Jarvakandi_vallavalitsus, lk 45
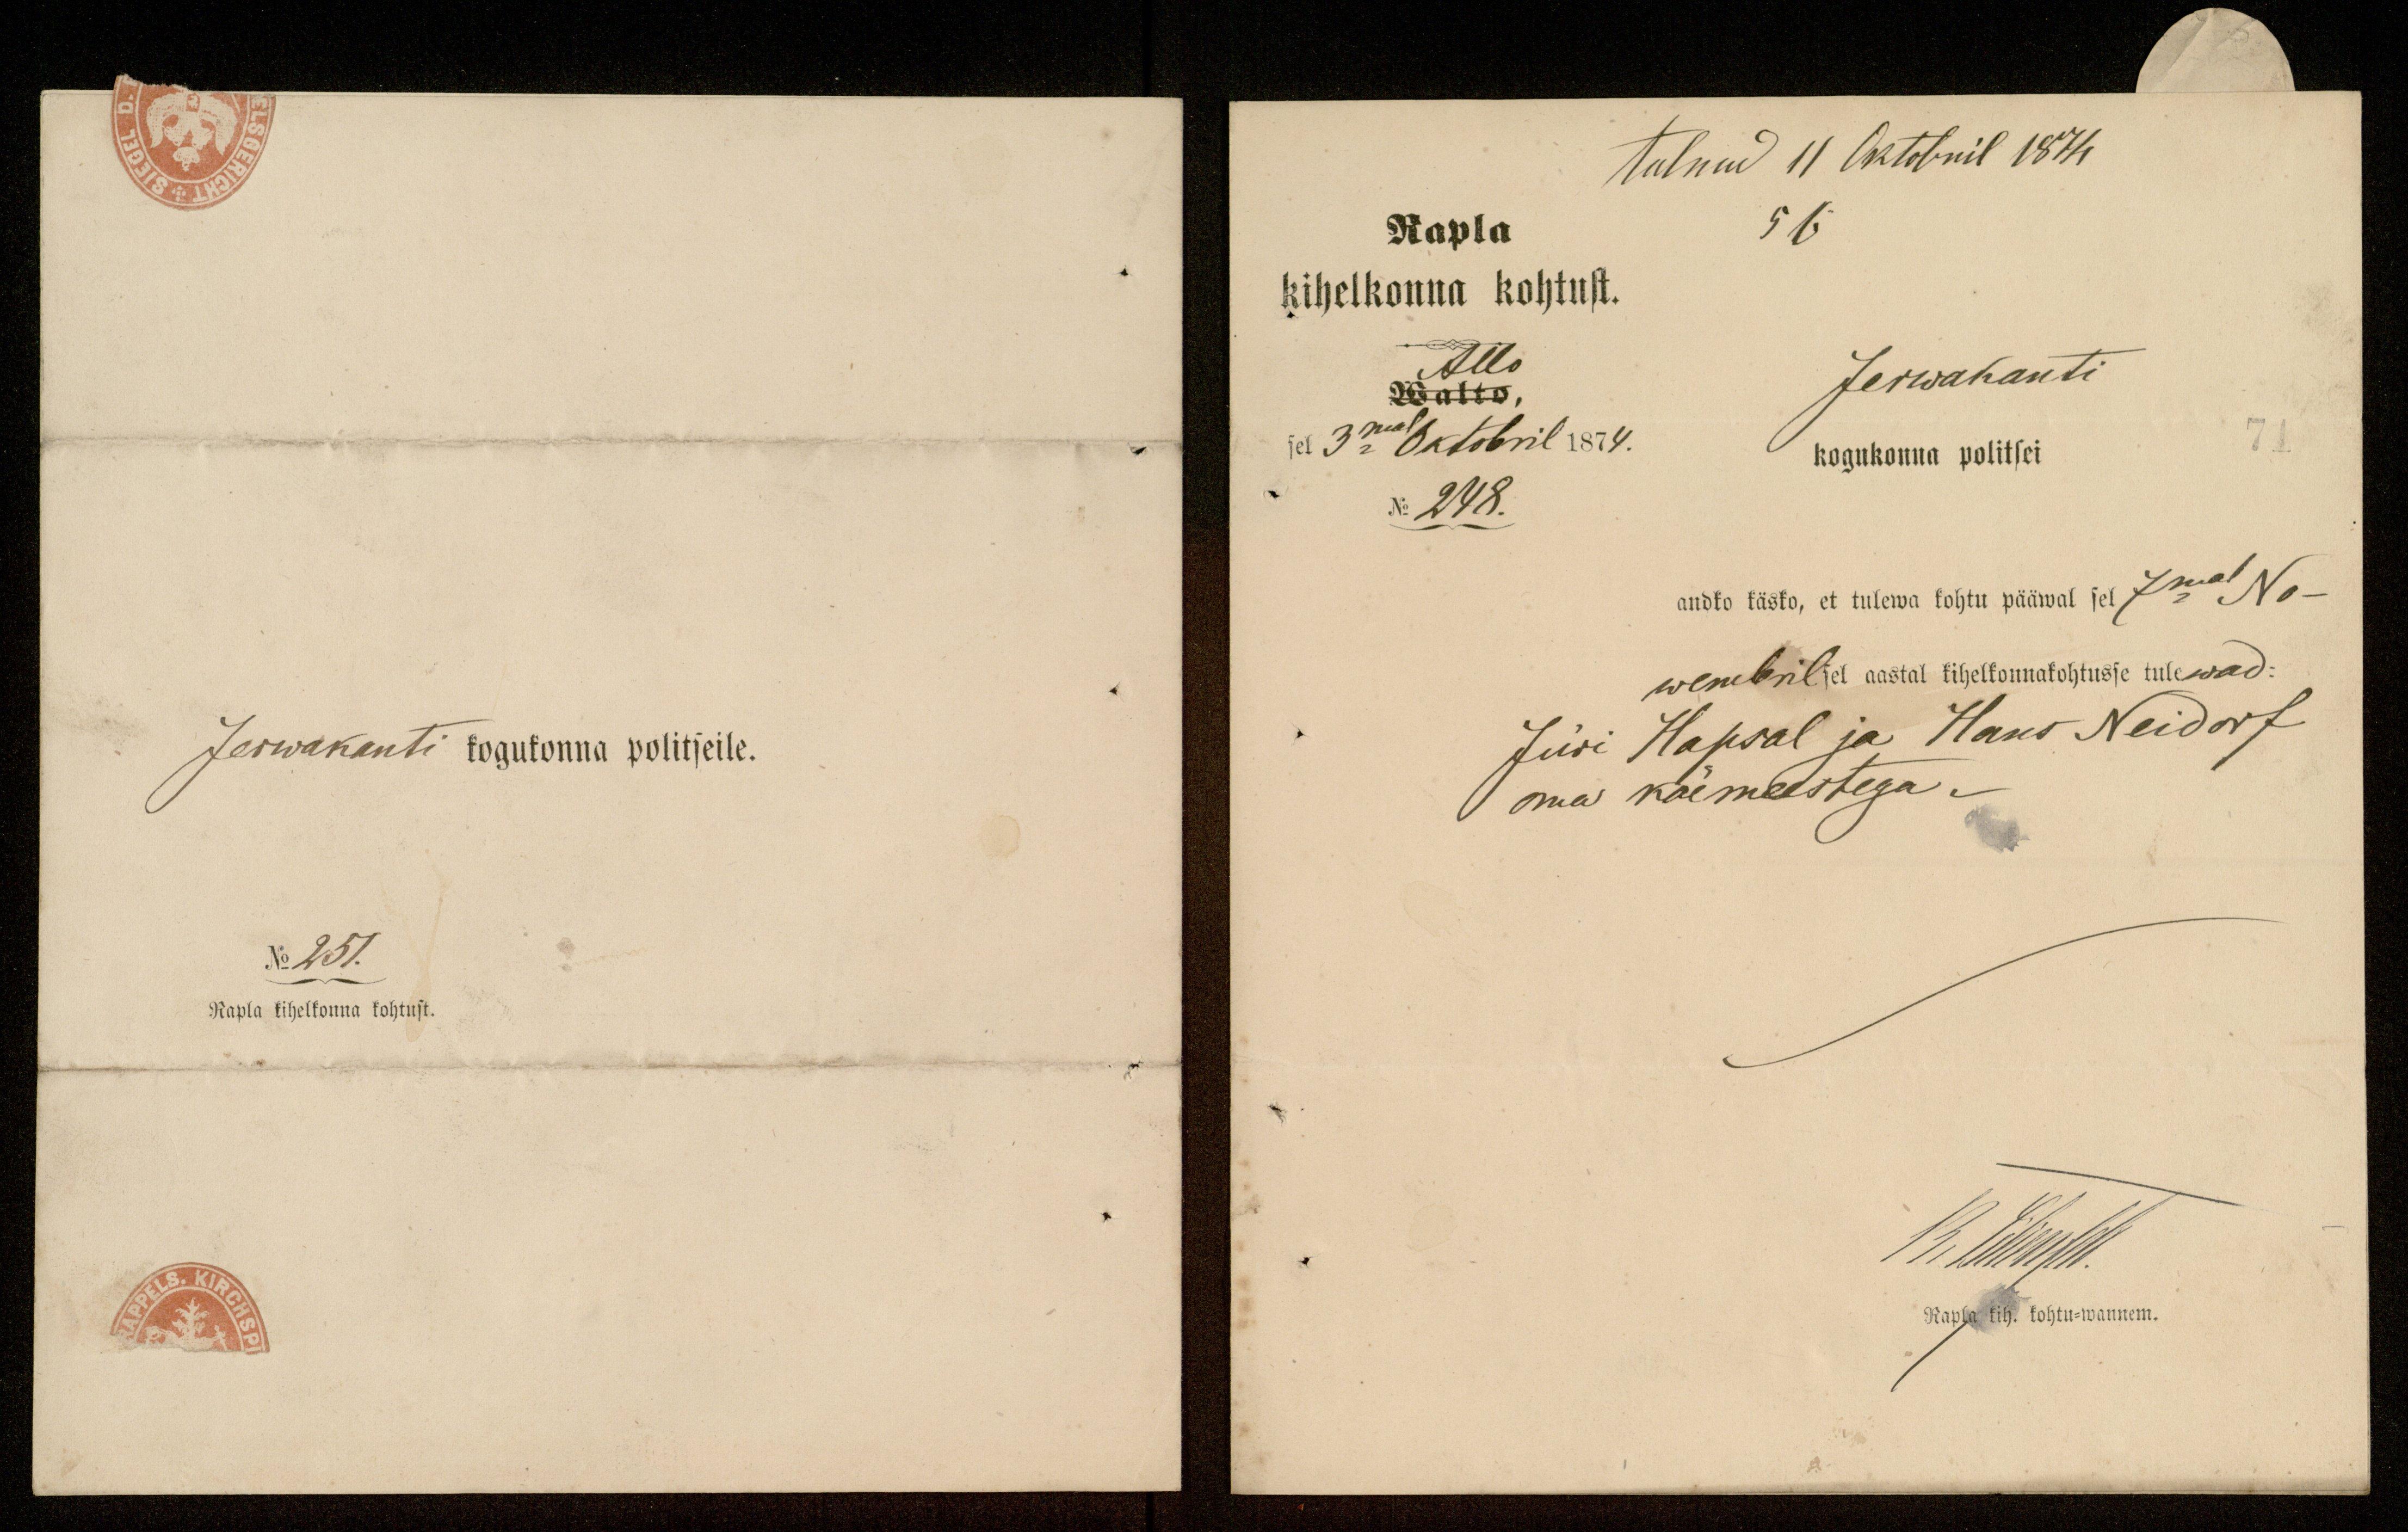
tulnud 11 Oktobril 1874
Rapla
56
kihelkonna kohtust.
Allo
Jerwakanti
Walto,
sel 3mal Oktobril 1874.
kogukonna politsei
No 248.
andko käsko, et tulewa kohtu pääwal sel 7ma No-
wembril sel aastal kihelkonnakohtusse tulewad:
Jüri Hapsal ja Hans Neidorf
oma käemeestega.
14. Märdd.
Rapla kih. kohtu-wannem.

Jerwakanti kogukonna politseile.
No 251.
Rapla kihelkonna kohtust.